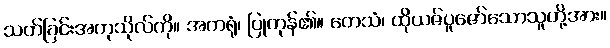
သတ်ခြင်းအကုသိုလ်ကို။ အကရုံ၊ ပြုကုန်၏။ တေသံ၊ ထိုယဇ်ပူဇော်သောသူတို့အား။